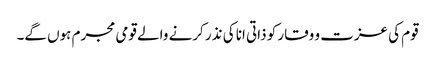
قوم کی عزت و وقار کو ذاتی انا کی نذر کرنے والے قومی مجرم ہوں گے۔